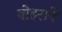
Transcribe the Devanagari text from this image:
बोहराने